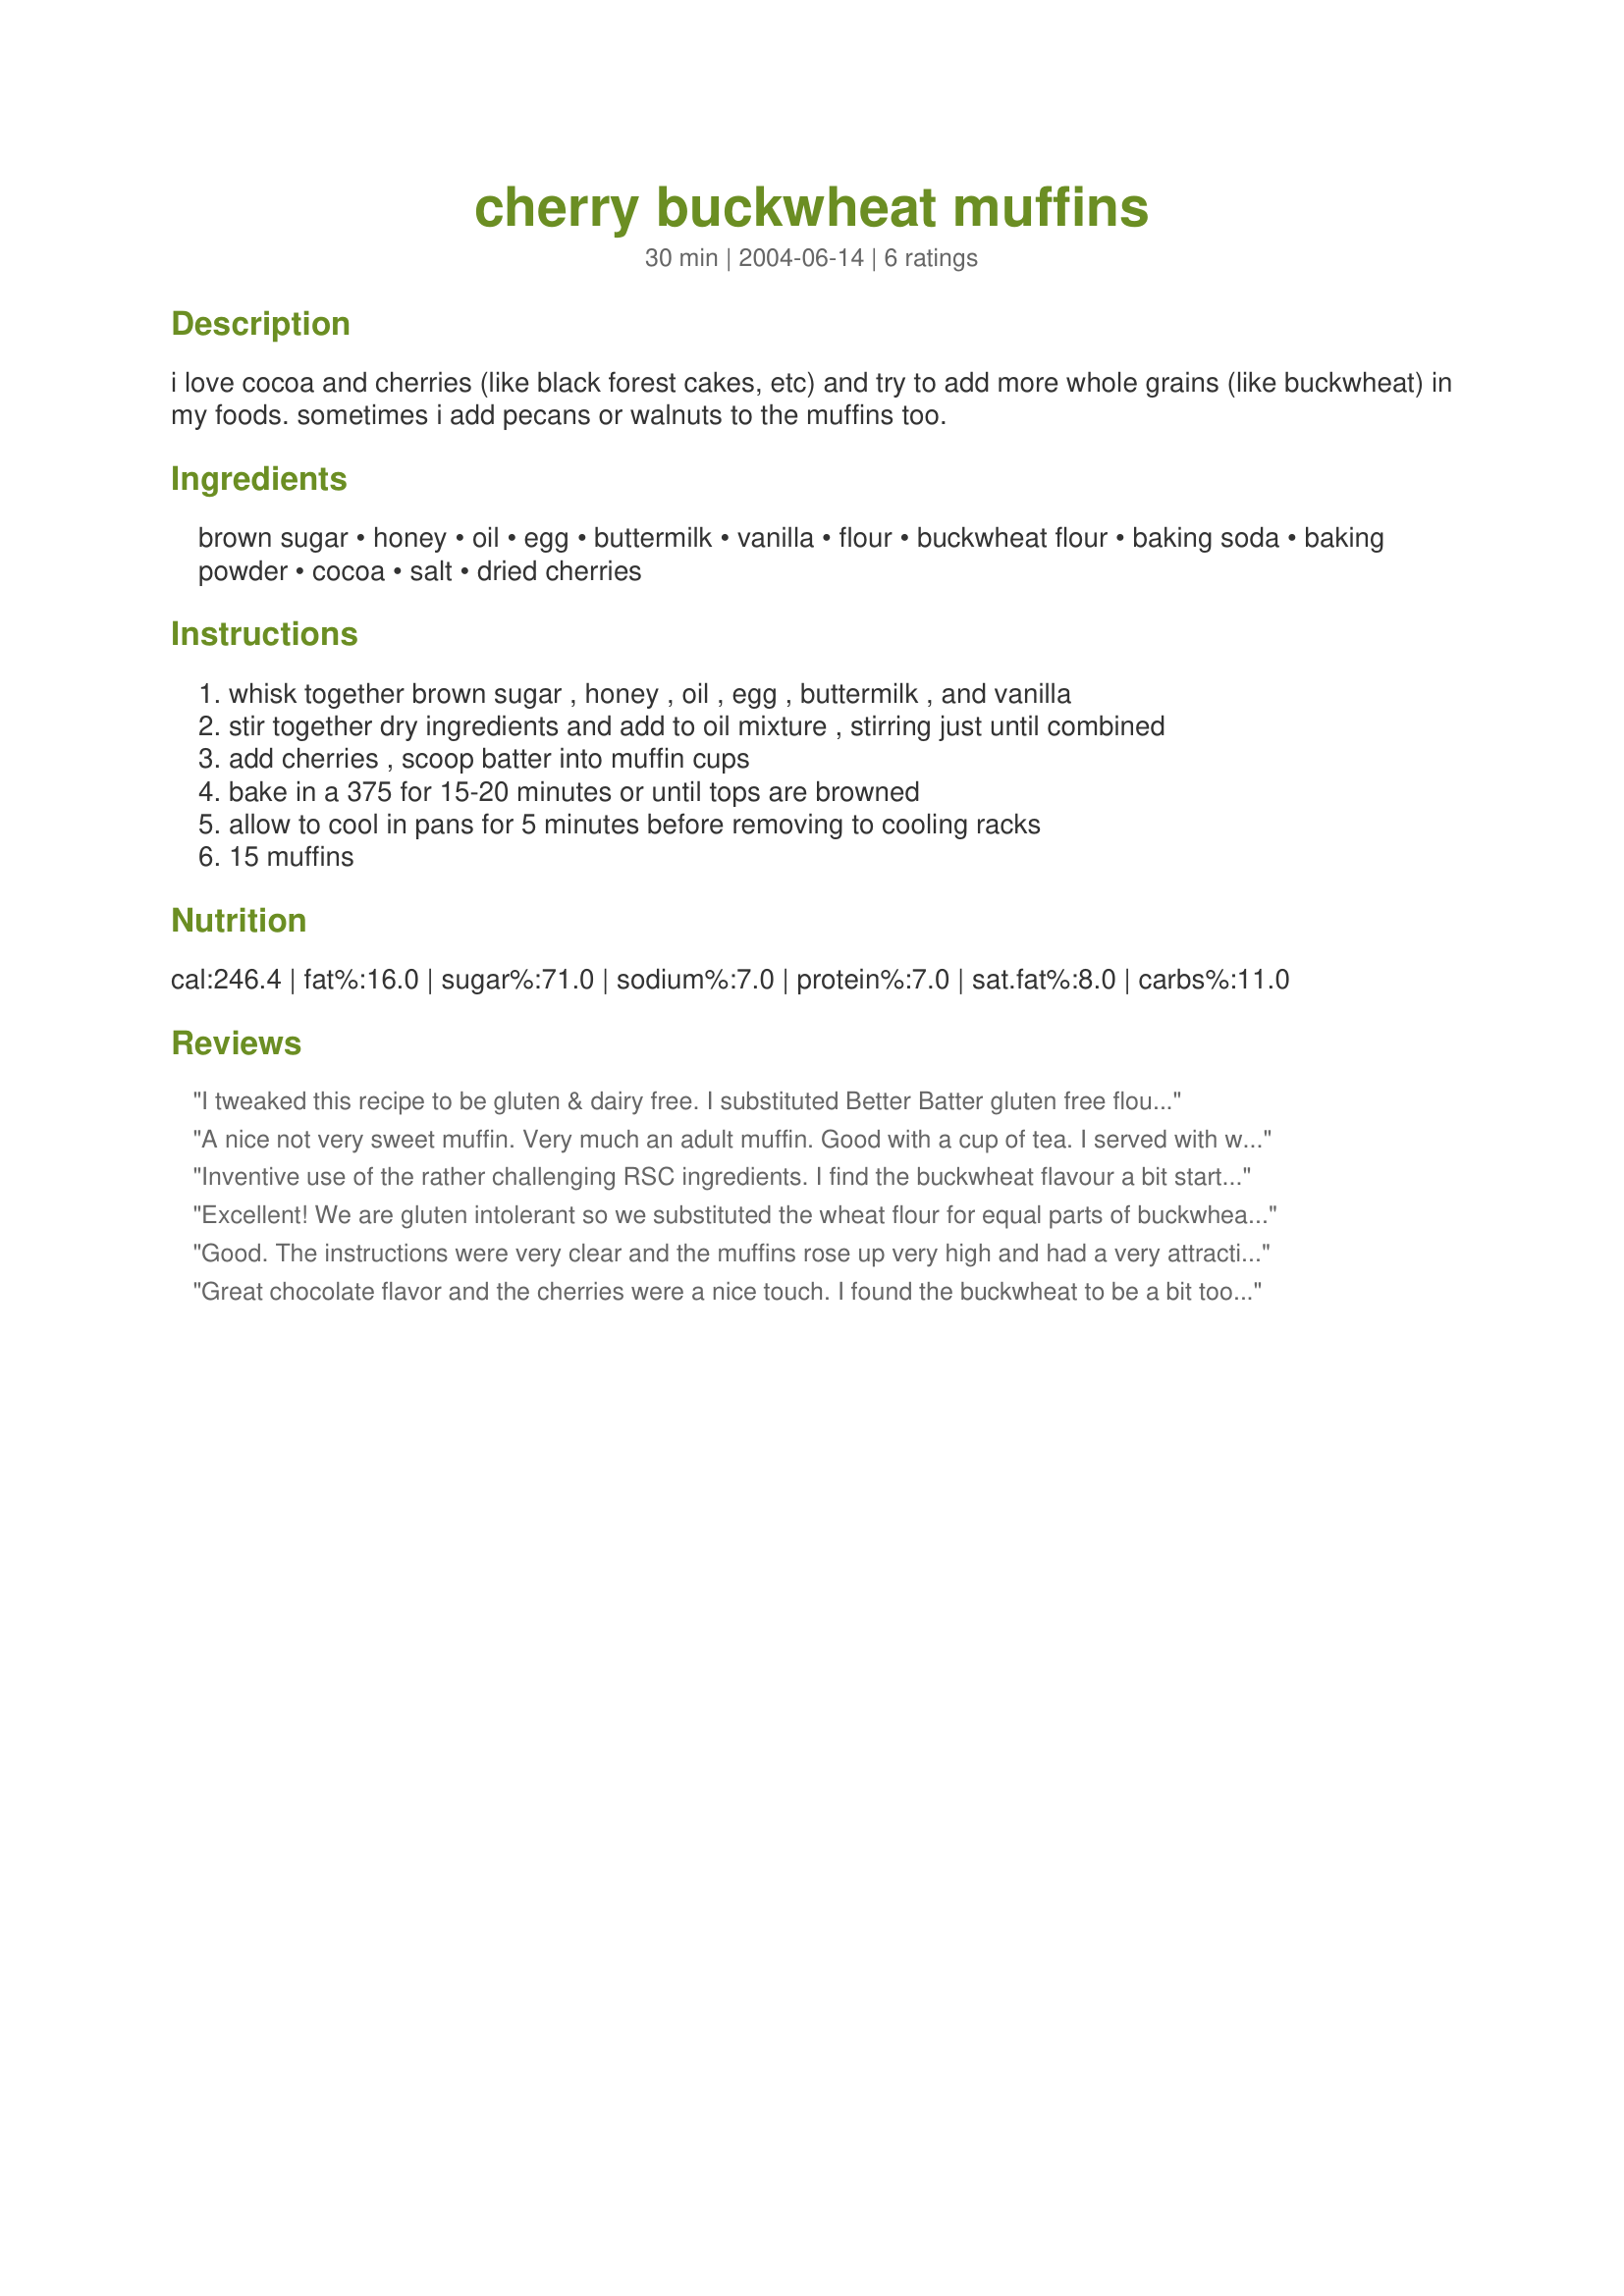
cherry buckwheat muffins
Preparation time: 30 minutes

i love cocoa and cherries (like black forest cakes, etc) and try to add more whole grains (like buckwheat) in my foods. sometimes i add pecans or walnuts to the muffins too.

Ingredients:
brown sugar, honey, oil, egg, buttermilk, vanilla, flour, buckwheat flour, baking soda, baking powder, cocoa, salt, dried cherries

Steps:
whisk together brown sugar , honey , oil , egg , buttermilk , and vanilla
stir together dry ingredients and add to oil mixture , stirring just until combined
add cherries , scoop batter into muffin cups
bake in a 375 for 15-20 minutes or until tops are browned
allow to cool in pans for 5 minutes before removing to cooling racks
15 muffins

Reviews:
I tweaked this recipe to be gluten & dairy free. I substituted Better Batter gluten free flour mix for the all-purpose flour and almond milk(with a Tb of lemon juice) for the buttermilk.I also wanted to cut down the oil so I used a 4oz container of natural applesauce and the balance was oil. I used maple syrup instead of honey and cut the cherries down to a cup and added 1/2 cup dairy/gluten free mini chocolate chips. I know it sounds like a lot of changes, but it really wasn't, especially if you are used to making changes to accomodate food intolerances/allergies.<br/>They turned out very good. I happen to love buckwheat so I'm always looking for new ways to use it. I find that I like the Arrowhead Mills brand over Bob's Red Mill. <br/>The tart cherries were a great contrast to the chocolate.
A nice not very sweet muffin. Very much an adult muffin. Good with a cup of tea. I served with whipped cream on top, just for a little more sweetness.
Inventive use of the rather challenging RSC ingredients. I find the buckwheat flavour a bit startling in this muffin, and it also makes the texture a bit grainy and crumbly. I will probably try the recipe again, but with more white flour subbing for the buckwheat. I wish there were 1/2 stars, 3 1/2 stars is what I'd give this.
Excellent! We are gluten intolerant so we substituted the wheat flour for equal parts of buckwheat, quinoa and millet flour. We use Xylitol for the brown sugar and Agave for the honey, almond milk for the buttermilk, carob powder for the cocoa. Everyone loves them, hey are moist, sweet, sugar (except for maybe the dried cherries) and gluten free.
Good. The instructions were very clear and the muffins rose up very high and had a very attractive appearance and aroma. I enjoyed the dried cherries in this very much. I found these to be a bit too dry for my liking. I also felt that these needed a bit more flavor -perhaps some cinnamon or other spice and chocolate chips would would be lovely in these.
Great chocolate flavor and the cherries were a nice touch. I found the buckwheat to be a bit too much, though. I would cut it in half and add whole wheat flour or all purpose for the other half. I used Agave for the honey and used half of the vanilla called for and subbed cherry extract for the other half, for added cherry flavor. A good basic recipe that is easy to play with, I think. Made for Winter 2010 Comfort Cafe.
